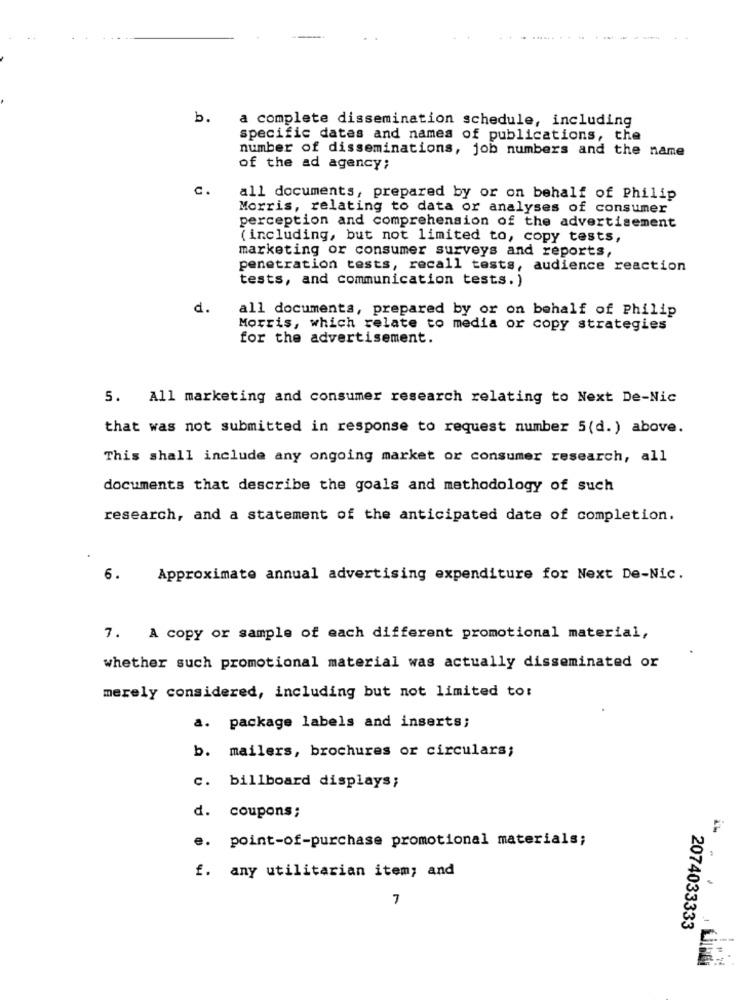
a complete dissemination schedule, including
b.
specific dates and names of publications, the
number of disseminations, job numbers and the name
of the ad agency;
C.
all documents, prepared by or on behalf of Philip
Morris, relating to data or analyses of consumer
perception and comprehension of the advertisement
( including, but not limited to, copy tests,
marketing or consumer surveys and reports,
penetration tests, recall tests, audience reaction
tests, and communication tests.)
d.
all documents, prepared by or on behalf of Philip
Morris, which relate to media or copy strategies
for the advertisement.
5. All marketing and consumer research relating to Next De-Nic
that was not submitted in response to request number 5(d.) above.
This shall include any ongoing market or consumer research, all
documents that describe the goals and methodology of such
research, and a statement of the anticipated date of completion.
6.
Approximate annual advertising expenditure for Next De-Nic.
7. A copy or sample of each different promotional material,
whether such promotional material was actually disseminated or
merely considered, including but not limited to:
a. package labels and inserts;
b. mailers, brochures or circulars;
c. billboard displays;
d. coupons;
e. point-of-purchase promotional materials;
f. any utilitarian item; and
.
7
2074033333